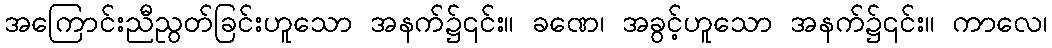
အကြောင်းညီညွတ်ခြင်းဟူသော အနက်၌၎င်း။ ခဏေ၊ အခွင့်ဟူသော အနက်၌၎င်း။ ကာလေ၊